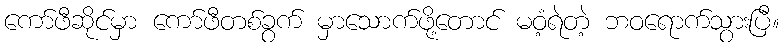
ကော်ဖီဆိုင်မှာ ကော်ဖီတစ်ခွက် မှာသောက်ဖို့တောင် မဝံ့ရဲတဲ့ ဘဝရောက်သွားပြီ။